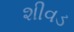
શીવડ